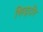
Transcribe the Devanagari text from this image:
सिद्दौर